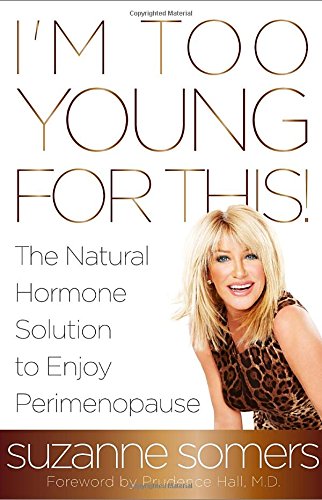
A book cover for I'm Too Young for This!: The Natural Hormone Solution to Enjoy Perimenopause; Suzanne Somers; Self-Help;